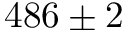
4 8 6 \pm 2